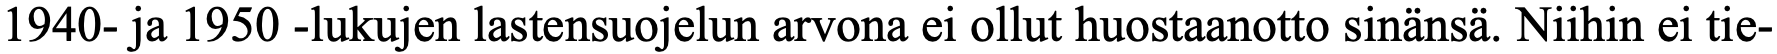
1940- ja 1950 -lukujen lastensuojelun arvona ei ollut huostaanotto sinänsä. Niihin ei tie-